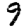
Digit: 9